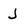
Character: J